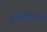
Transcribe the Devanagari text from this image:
हईपीरियन